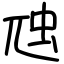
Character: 虺